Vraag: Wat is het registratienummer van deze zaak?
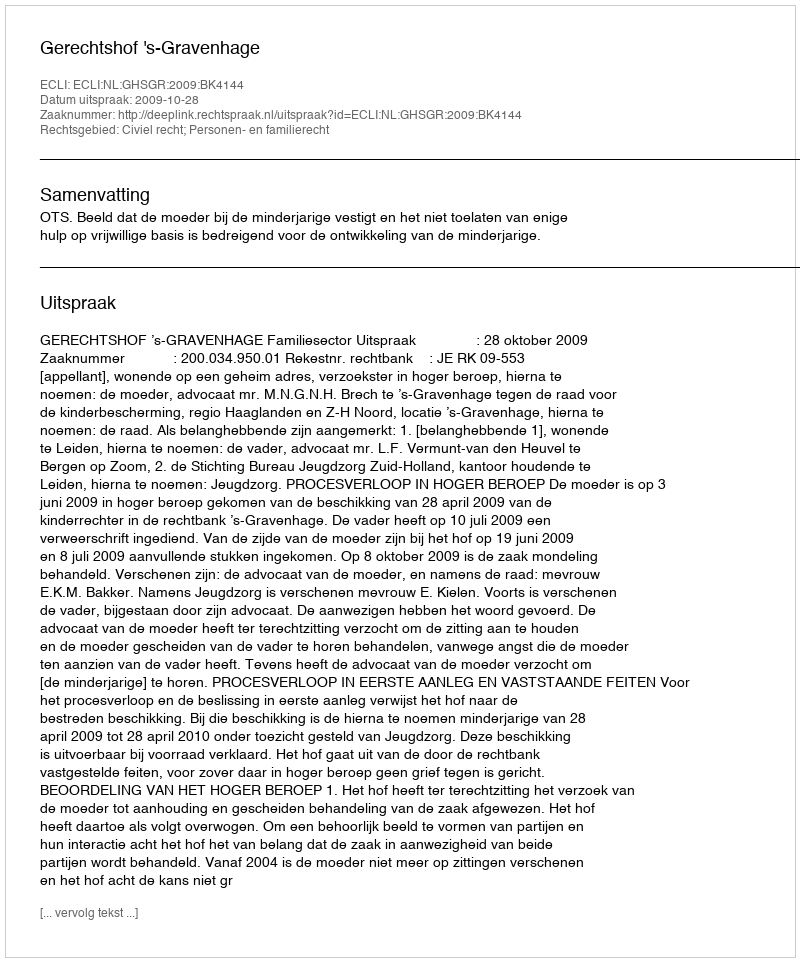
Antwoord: http://deeplink.rechtspraak.nl/uitspraak?id=ECLI:NL:GHSGR:2009:BK4144